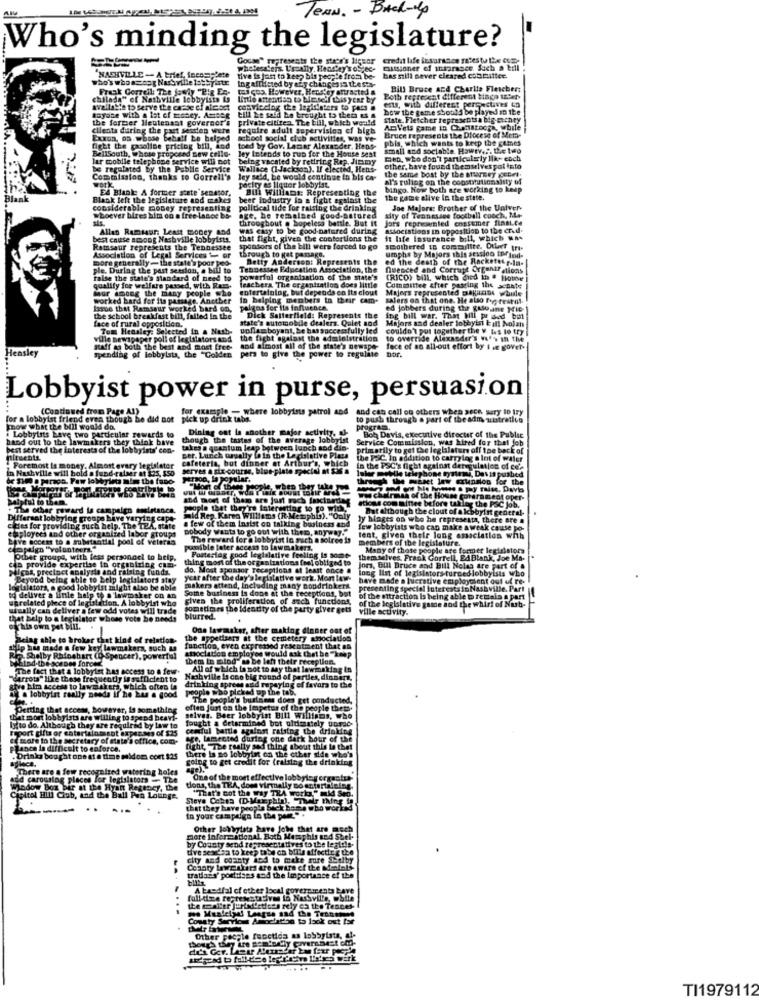
Team. - Back-up
Who's minding the legislature?
presents the staer's dig
credat life insurance rates to Lie CoE-
NASHVILLE- A brief, Incomplete
wholesalers. Usually, Headtry's oStec.
cussioner of insurance Such a till
who's who ssang Nashville 1: byistr
tive is just to keep bis people from be-
bas nill never cleared con mitter.
Frank Correll: The fondy "Pig En-
tui ços. However, Hensley ontracted a
Ing aftheted by any changes sa thesta-
Bill Bruce and Charlie Fletcher:
chilada" of Nashville lobbyists &a
Untle attention to himselfSisyene by
Both represent different tinga tter-
avallaMe to Serve the onebe ci afrost
comvicelag the legislaters to pass .
ents, with different percestives co
how the game should be played in the
the former Heutenast governor's
tayase with a lot of money. Amber
private citizen. The bill, which weald
till 2e saff be brought to them as a
state. Fletcher representsa big-achty
clients during the past session were
require adult supervision of high
AnVets game in Chonatooga, while
Exxon, os whose Seball be helped
school social club activities, was ve-
pbis, which wants to keep the cemes
Bruen represents the Diocese of Mem-
fight the gasoline pricing bill, and
toed by Gov. Lamar Alexander. Hens-
ley Lotends to run for the House seat
small and sociable. Howty ,,. the two
lar mobile telephone service will not
BellSouth, whose propoand new celle-
being vacated by retiring Rep. Jimmy
Een, who don't particularly lik+ eoch
be regulated by the Public Service
Wallace (Jackson). If elected, Hens-
other, have found themselves pal into
Commission, thanks to Correll's
ley said, be would continue to bis ca-
the same boat by the attorney Cebes.
al's ruling on the constitutionalsty of
Ed Blanke A former state senator.
Fork
pacity es liquer lobbyist.
Bill Williams: Representing the
bingo. Now both are working to keep
Black left the legislature and makes
beer industry la a fight against the
the game elive In the state.
considerable money representing
political tide for raising the drinking
Joe Majore: Brother of the Univer-
whoever bires him on a free Lance bs-
age, he remained good-natured
throughout @ hopeless battle. But it Jors represented enssemer final.ce
aity of Tennessee football coach, N+-
Allan Ramssur: Least money and
was easy to be good-natured during
Buocistions in opposition to the cred-
best enuse among Nashville lobbyists.
that fight, given the contortions the
it life insurance bill, which was
Ramseur represents the Tennessee
sponsors of the bill were forced to go
smothered in commulite. Other tris
umphs by Majors this session tofind-
Association of Legal Services - or
more generally- the state's poor pod-
through to get passage.
Betty Andersop: Represents the
ed the death of the Rocketeer-la-
ple. During the past session, a bill to Tennessee Education Association, the
nuenced and Corrupt Organisations
False the state's standard of need to
powerful organisation of the state's
Teachers The organization does little
(RICO) bill, which died in @ Hotbe
four among the many people who
qualify for welfare parsed, with Ram.
entertainlog, but depends on Its clout
Majors represented takacine while
Committee after passing the state
worked hard for its passage. Another
in helping members in their cam-
salers on that one. He also for restuf.
Issue that Ramsaur worked bard on,
palans for its influence.
ed jobbers during the gasoane Mic-
face of rural opposition.
the school breakfast bill, failed In the
state's automobile dealers. Qulet and
Dick Satterfield: Represents the
ing bill war. That Mil Pe ded bet
Majors and dealer lobbyist ball Nolan
Tom Hensley: Selected In a Nash-
upflamboyant, be has successfully led
couldn't put together the V (es lo try
ville newspaper poll of legislators and
the fight against the administration
to override Alexander's n'y in the
naff as both the best and most free-
e "Golden
and almost all of the state's newspe-
face of an all-out effort by i .e gover.
Bor
Hensley
spending of lobbyists, the"
pera to give the power to regulate
Lobbyist power in purse, persuasion
(Continued from Page A1)
for example - where lobbyists patrol and and can call of others when sece sury to try
for a lobbyist friend even though he did not pick up drink tabs.
to push through a part of the adm, australien
know what the bill would do.
Lobbyists have two particular rewards to
Dining ont is another major activity. -
program.
Bob Davis, executive director of the Public
hand out to the lawmakers they think have though the tastes of the average lobbyist
Service Commission, was hired for that job
best served the interests of the lobbyists' con-
takes a quantum leap between lunch and din-
primarily to get the legislature off the back of
ser. Lunch usually to in the Legisla
cafeteria, but dinner at Arthur's, which
Legislative Plaza
the P&C. in addition to carrylag a Int of water
in Nashville will hold a fund-raiser at 32s, sso
. Foremost Is money, Almost every legislator
serves a six-course, blue-plate special at $36 a
in the PSC's fight against deregulation of ce's
be Sie0 . paraca. Few lobbyiets mim the fooo
through the messet lew extension for the
Inter mobile telephone mystery, Devis pushed
"Mort of theer people, when they take you
tytul to them.
and most of them are just nach Iniciardies
was chairman of the House government oper-
ations com mintee before takleg the PSC Job.
. The other reward ia campaign soirtance.
sople that they're interesting to go with,
But although the clout of a lobbyist general-
Differsat lobbying groupe have varying cape-
a few of them Insist on talking business and
Bald Rep. Karea Williams (R-Memphis). "Only
ly blages on who he representa, there are a
employees and other organized Inbor groups
cicles for providing such help. The TEA, state
nobody wants to go out with them, anyway."
few lobbyists who can make a weak cause po-
have access to a substantial pool of veleres
The reward for a lobbyist lo sach a solree is
members of the legislature.
lent, given thele long association with
campaign "volunteers."
ponible later access to lawmakers,
Many of those people are former legislators
can provide expertise in organizing com-
Piber groups, with less personnel to help.
thing most of the organizations feel obliged to
Porterlag good legislative feeling is some-
them selves. Frank Gorrell, Ed Blank, Joe Ma-
Micas, precinct analysis and raising funds.
do. Most sponsor receptions at least once #
long list of legislators-turned lobbyists who
Jors, Bill Bruce and Bill Nolas are part of a
Beyond being able to belp legislators stay
year after the day's legislative work. Most low-
have made a lucrative employchant out uf re-
gislators, a good lobbyist might also be able
Some business is done at the receptions, but
makers attend, Including many nondrinkers.
presenting speciel Interestsin Nashville. Part
to deliver a finle help to a lawmaker on an
Grelated place of legislation. A lobbyist who
gives the proliferation of such functions,
of the attraction Is being able to remain a part
usually can deliver a few odd votes will trade
sometimes the identity of the party giver gets
of the legislative game and the whirl of Nurb-
ville activity.
that help to a legislator whose vote be needs
blurred.
his own pet bill.
One lawmaker, sher making dinner out of
Being able to broker that kind of relation.
the appetizers at the cemetery association
ship hun made a few key lawmakers, such La
anociation employee would ask that be "keep
function, even expremed resentment that an
WEtod-the- sosDes forces
. Shelby Rhinehart (D.Spencer), powerful
..
them in mind"as be left their reception.
The fact that a lobbyist has access to a few.
All of which is not to say that lowmaking in
"carrots" like these frequently W sufficient to Neabville la cno big round of parties, dinners,
drinking sprees and repaying of favora to the
a lobbyist really needs if he has a good people who picked up the tob.
Ive him access to lawmakers, which often in
"The people's business does get conducted,
Perting that access, however, is something
often just on the Impetus of the people thets.
that mort lobbyists are willing to spend heavi-
fought a determined but ultimately unmac-
selvas. Beer lobbyist Bill williams, who
Ifto do. Although they are required by law to
Erport gifts or entertainment expenses of $25
ceniful battle against raising the drinking
e more to the secretary of state's office, com-
are, lamented during one dark hour of the
plance in difficult to enforce.
fight, "The really sad thing about this is that
.Drinks bought one at a time moldor coet $25
piece.
there Is no lobbyin on the other side who's
going to get credit for (raising the drinking
There are a few recognized watering holes
Add carousing places for legislators - The
One of the most effective lobbyley ergastus-
Madow Box bir at the Hyatt Regency, the
tions, the TEA, does virtually no entertaining.
"That's cot the way TRA work." mid Seo.
Capitol Hill Club, and the Ball Pen Lounge.
Sleva Cchta (DMemphis), Their thing in
--
that they have people back home who worked
in your campaign in the pam."
Other lobbyists have jobs that are mech
more informational. Both Memphis and Sbel-
by County send representatives to the legtals-
tive seseda to keep tobe on bilin affecting the
city and coanty dod to make sure Shelby
Conoty lawmulats are aware of the Mentals
trations' portions and the importance of the
A bradfal of other local governments bave
fall-dze representatives in Nashville, wbtte
...
the moniter juntol'etioss rely en the Testes-
Conaty Service Ar oclation to lock out toe
Other people functida as lobbyista, el-
....
TI1979112